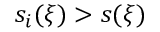
s _ { i } ( \xi ) > s ( \xi )